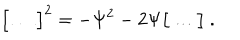
\bigl [ \, \ldots \, \bigr ] ^ { 2 } = - \Psi ^ { 2 } - 2 \Psi \bigl [ \, \ldots \, \bigr ] \ .